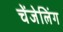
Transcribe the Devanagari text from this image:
चेंजेलिंग